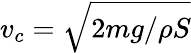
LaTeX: v_{c}=\sqrt{2mg/\rho S}